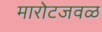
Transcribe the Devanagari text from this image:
मारोटजवळ